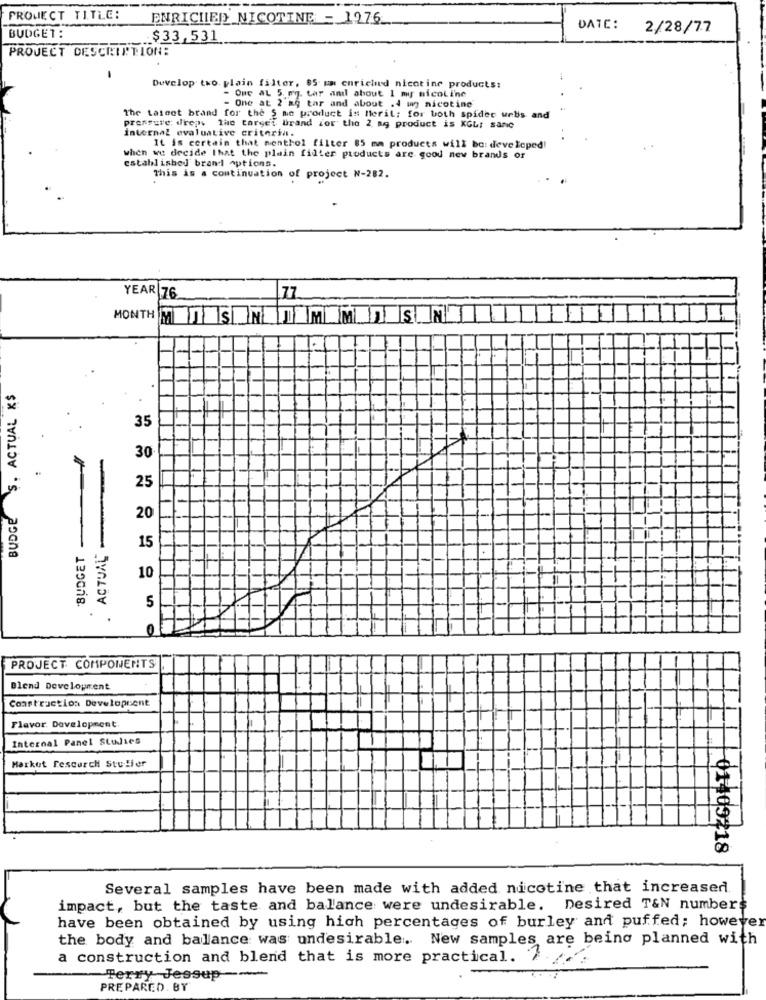
PROJECT TITLE:
ENRICHIED NICOTINE - 1976
DATE: 2/28/77
BUDGET:
$33,531
PROJECT DESCRIPTION:
-
Develop two plain filter, 85 um enriched nicotine products:
- One AL 5. mg. tar and about 1 mig nicoline
- One at 2 mg tar and about .4 mg nicotine
The taleet brand for the § me product is Merit; for both spider webs and
pressure dren the target brand for the 2 mg product is KGLI sanc
internal evaluative criteria.
It is certain that menthol filter 85 mm products will be: developed!
when we decide that the plain filter products are good new brands or
established brand options.
This is a continuation of project N-282.
YEAR
76
77
MONTH M JIS NJ M M J SUN
BUDGE S. ACTUAL K$
35
30
25
20
BUDGET
ACTUAL
15
10
5
0
PROJECT COMPONENTS
Blend Development
Construction Developesent
Flavor. Development
Internal Panel Studies
Market Fescurch Steller
01409218
Several samples have been made with added nicotine that increased
impact, but the taste and balance were undesirable. Desired T&N numbers
have been obtained by using high percentages of burley and puffed; however
the body and balance was undesirable. New samples are being planned with
a construction and blend that is more practical.
Terry Jessup --
PREPARED. BY